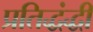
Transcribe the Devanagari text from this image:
प्रतिद्धंद्धी